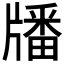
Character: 𤗹